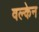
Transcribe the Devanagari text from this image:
वल्केन